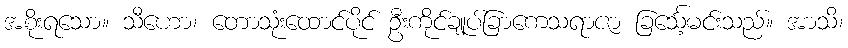
အစိုးရသော။ သီဟော၊ တောသုံးထောင်ပိုင် ဦးကိုင်ချုပ်ခြာကေသရာဇာ ခြင်္သေ့မင်းသည်။ အာသိ၊